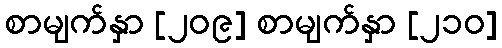
စာမျက်နှာ [၂၀၉] စာမျက်နှာ [၂၁၀]